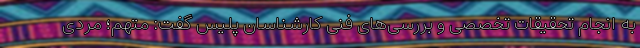
به انجام تحقیقات تخصصی و بررسی‌های فنی کارشناسان پلیس گفت: متهم؛ مردی